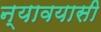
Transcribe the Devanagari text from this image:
न्यावयासी